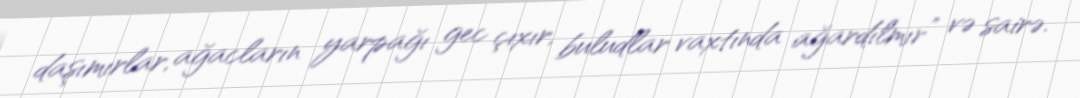
daşımırlar, ağacların yarpağı gec çıxır, buludlar vaxtında ağardılmır” və sairə.